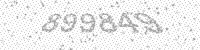
Solution: 899849